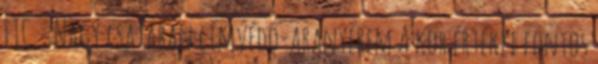
FTC – Nagy csatában címvédő-aranyérem A kor értékei fontos